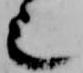
也